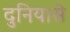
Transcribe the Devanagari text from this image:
दुनियासे